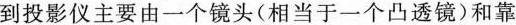
到投影仪主要由一个镜头(相当于一个凸透镜)和靠